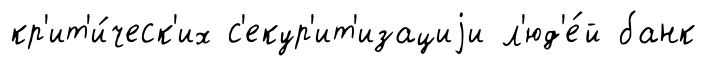
кр'ит'и́ческ'их с'екур'ит'изациjи л'юд'е́й банк